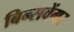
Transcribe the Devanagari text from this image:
बिन्सवेंगर